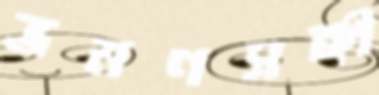
ভ্রমণসঙ্গী